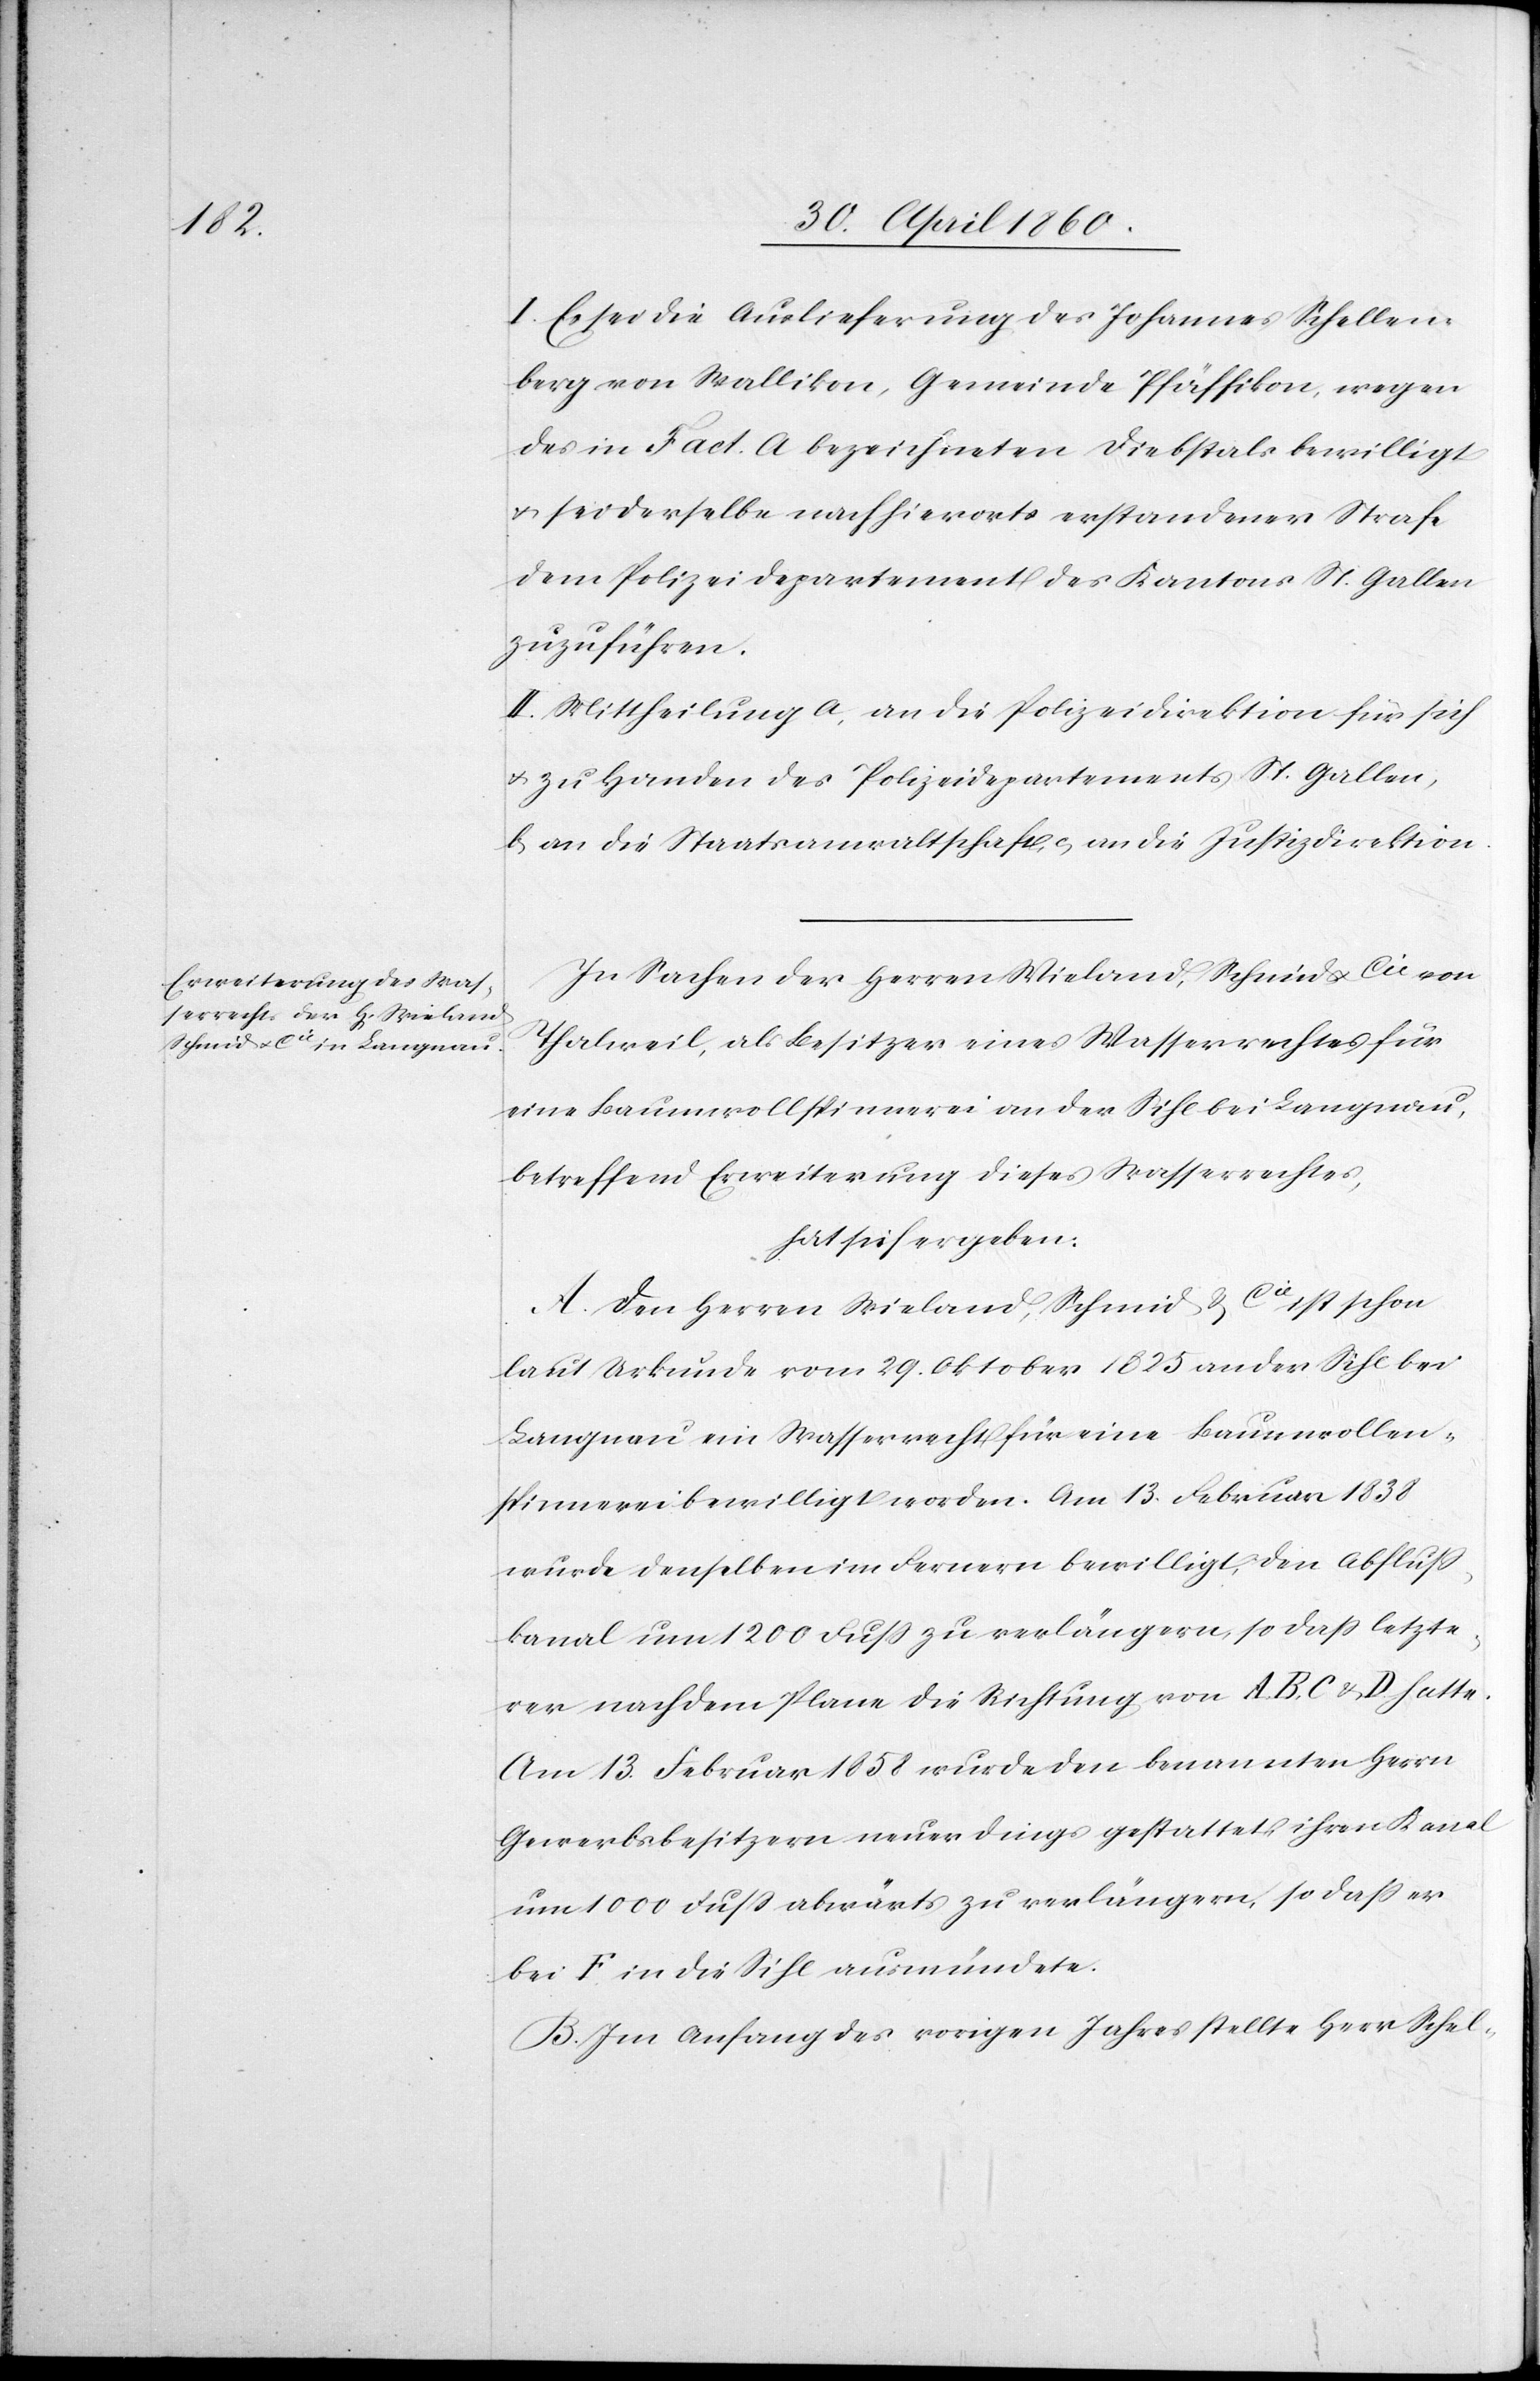
I. Es sei die Auslieferung des Johannes Schellen¬
berg von Wallikon, Gemeinde Pfäffikon, wegen
des in Fact. A. bezeichneten Diebstals bewilligt
u. sei derselbe nach hierorts erstandener Strafe
dem Polizeidepartement des Kantons St. Gallen
zuzuführen.
II. Mittheilung a. an die Polizeidirektion für sich
u. zu Handen des Polizeidepartments St. Gallen,
b. an die Staatsanwaltschaft c. an die Justizdirektion.
In Sachen der Herren Wieland, Schmid u. Cie von
Thalweil, als Besitzer eines Wasserrechtes für
eine Baumwollenspinnerei an der Sihl bei Langnau,
betreffend Erweiterung dieses Wasserrechtes,
hat sich ergeben:
A. Den Herren Wieland, Schmid u. Cie ist schon
laut Urkunde vom 29. Oktober 1825 an der Sihl bei
Langnau ein Wasserrecht für eine Baumwollen¬
spinnerei bewilligt worden. Am 13. Februar 1838
wurde denselben im Fernern bewilligt, den Abfluss¬
kanal um 1200 Fuss zu verlängern, so dass letzte¬
re nach dem Plane die Richtung von A. B. C. u. D. hatte.
Am 13. Februar 1858 wurde den benannten Herrn
Gewerbsbesitzern neuerdings gestattet ihren Kanal
um 1000 Fuss abwärts zu verlängern, so dass er
bei F. in die Sihl ausmündete.
B. Im Anfang des vorigen Jahres stellte Herr Schel-